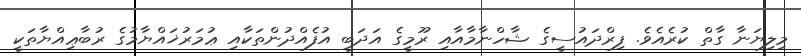
މިލިޔަނާ ގާތް ކުރެއެވެ. ފިރްދައުސީގެ ޝާހްނާމާއާއި ރޫމީގެ އަދަބީ އުފެއްދުންތަކާއި ޢުމަރުޚައްޔާމުގެ ރުބާޢިއްޔާތަކީ